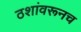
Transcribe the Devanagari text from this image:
ठशांवरूनच